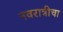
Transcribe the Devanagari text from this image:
नवरात्रीचा